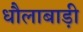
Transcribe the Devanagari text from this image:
धौलाबाड़ी